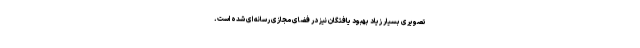
تصویری بسیار زیاد بهبود یافتگان نیز در فضای مجازی رسانه ای شده است.